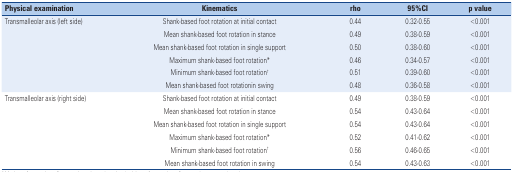
<table><thead><tr><td><b>Physical examination</b></td><td><b>Kinematics</b></td><td><b>rho</b></td><td><b>95%CI</b></td><td><b>p value</b></td></tr></thead><tbody><tr><td>Transmalleolar axis (left side)</td><td>Shank-based foot rotation at initial contact</td><td>0.44</td><td>0.32-0.55</td><td>&lt;0.001</td></tr><tr><td></td><td>Mean shank-based foot rotation in stance</td><td>0.49</td><td>0.38-0.59</td><td>&lt;0.001</td></tr><tr><td></td><td>Mean shank-based foot rotation in single support</td><td>0.50</td><td>0.38-0.60</td><td>&lt;0.001</td></tr><tr><td></td><td>Maximum shank-based foot rotation *</td><td>0.46</td><td>0.34-0.57</td><td>&lt;0.001</td></tr><tr><td></td><td>Minimum shank-based foot rotation†</td><td>0.51</td><td>0.39-0.60</td><td>&lt;0.001</td></tr><tr><td></td><td>Mean shank-based foot rotationin swing</td><td>0.48</td><td>0.36-0.58</td><td>&lt;0.001</td></tr><tr><td>Transmalleolar axis (right side)</td><td>Shank-based foot rotation at initial contact</td><td>0.49</td><td>0.38-0.59</td><td>&lt;0.001</td></tr><tr><td></td><td>Mean shank-based foot rotation in stance</td><td>0.54</td><td>0.43-0.64</td><td>&lt;0.001</td></tr><tr><td></td><td>Mean shank-based foot rotation in single support</td><td>0.54</td><td>0.43-0.64</td><td>&lt;0.001</td></tr><tr><td></td><td>Maximum shank-based foot rotation *</td><td>0.52</td><td>0.41-0.62</td><td>&lt;0.001</td></tr><tr><td></td><td>Minimum shank-based foot rotation†</td><td>0.56</td><td>0.46-0.65</td><td>&lt;0.001</td></tr><tr><td></td><td>Mean shank-based foot rotation in swing</td><td>0.54</td><td>0.43-0.63</td><td>&lt;0.001</td></tr></tbody></table>